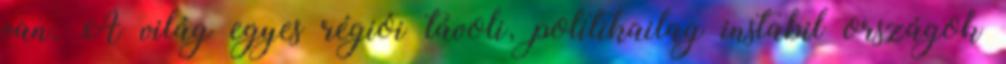
van. A világ egyes régiói távoli, politikailag instabil országok